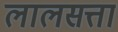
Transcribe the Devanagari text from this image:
लालसत्ता